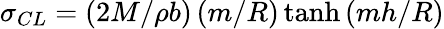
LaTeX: \sigma_{CL}=\left(2M/\rho b\right)\left(m/R\right)\operatorname{tanh}{\left(mh/R\right)}